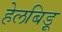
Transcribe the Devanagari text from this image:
हेलबिड़ू